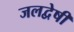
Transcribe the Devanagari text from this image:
जलद्वेषी